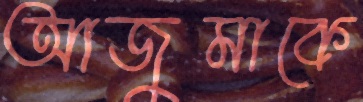
আজুমাকে